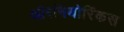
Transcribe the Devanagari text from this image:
ऑरनिथोरिंकस